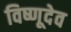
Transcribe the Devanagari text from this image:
विष्णूदेव